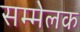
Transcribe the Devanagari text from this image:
सम्मेलक